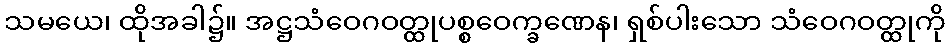
သမယေ၊ ထိုအခါ၌။ အဋ္ဌသံဝေဂဝတ္ထုပစ္စဝေက္ခဏေန၊ ရှစ်ပါးသော သံဝေဂဝတ္ထုကို